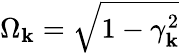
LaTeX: \Omega_{\mathbf k}=\sqrt{1-\gamma_{\mathbf k}^{2}}